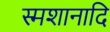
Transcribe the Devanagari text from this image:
स्मशानादि